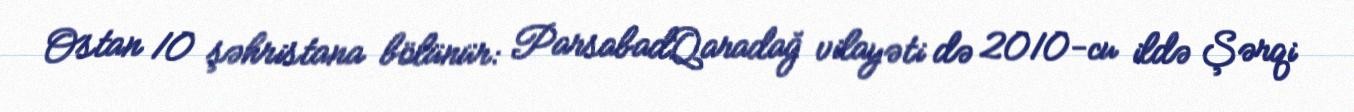
Ostan 10 şəhristana bölünür: ParsabadQaradağ vilayəti də 2010-cu ildə Şərqi